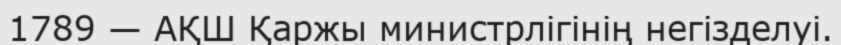
1789 — АҚШ Қаржы министрлігінің негізделуі.